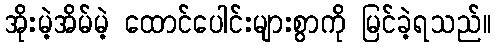
အိုးမဲ့အိမ်မဲ့ ထောင်ပေါင်းများစွာကို မြင်ခဲ့ရသည်။